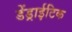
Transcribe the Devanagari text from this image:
डेंड्राईटिक